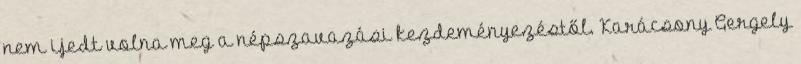
nem ijedt volna meg a népszavazási kezdeményezéstől. Karácsony Gergely